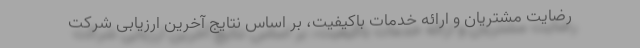
رضايت مشتريان و ارائه خدمات باکیفیت، بر اساس نتايج آخرین ارزیابی شرکت